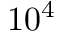
1 0 ^ { 4 }